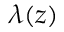
\lambda ( z )